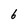
Character: 6